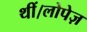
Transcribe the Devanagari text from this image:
थीं।लोपेज़